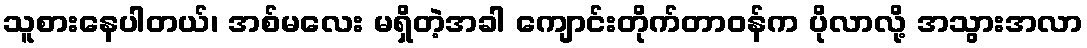
သူစားနေပါတယ်၊ အစ်မလေး မရှိတဲ့အခါ ကျောင်းတိုက်တာဝန်က ပိုလာလို့ အသွားအလာ